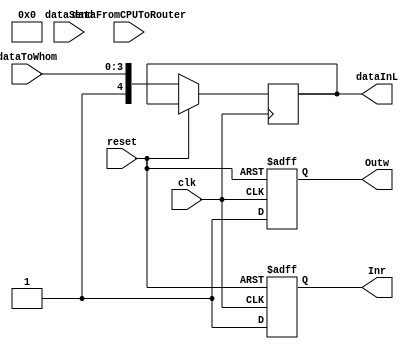
module sm_output(
clk, reset,
dataFromCPUToRouter,
dataToWhom,
dataSend, //отправить данные
dataInL, // данные, идущие на маршрутизатор
Inr,
Outw
);

parameter DATA_WIDTH=37;
//parameter DATA_CPU=3

input clk, reset;
input [31:0] dataFromCPUToRouter; 
input [3:0] dataToWhom;
input dataSend;
output [DATA_WIDTH-1:0] dataInL; 
output Inr, Outw;

wire [31:0] dataFromCPUToRouter;
reg [DATA_WIDTH-1:0] dataInL;
wire [3:0] dataToWhom;
wire Outw_L; // маршрутизатор хочет отправить
wire Inr_L; // процессор готов принимать

assign Inr_L = Inr; 
assign Outw = Outw_L;

always @(posedge clk or posedge reset)
begin
	if (reset == 1'b1)
		begin
			//маршрутизатор не принимает данные, процессор не отправляет
			Outw_L=1'b0;
			Inr_L=1'b0;
			dataSend=1'b0;
		end
	else
		begin
			//формируем пакет данных
			//{данные, флаг конца данных, адрес назначения}
			Outw_L=1'b1;
			Inr_L=1'b1;
			dataInL={dataFromCPUToRuter, 1'b1, dataToWhom};
			dataSend = 1'b1;
		end	
end

endmodule